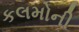
કલમોની